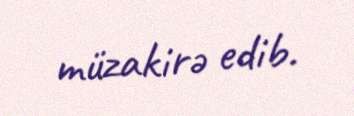
müzakirə edib.